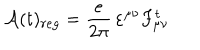
LaTeX: { \mathcal A } ( t ) _ { r e g } = \frac { e } { 2 \pi } \, \varepsilon ^ { \mu \nu } F _ { \mu \nu } ^ { t }